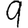
Digit: 9